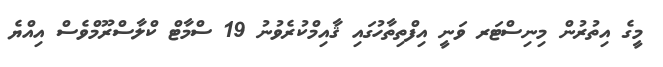
މީގެ އިތުރުން މިނިސްޓަރ ވަނީ އިފްތިތާހުގައި ޤާއިމްކުރެވުނު 19 ސްމާޓް ކްލާސްރޫމްވެސް އިއްޔެ